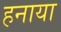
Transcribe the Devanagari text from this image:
हनाया